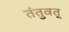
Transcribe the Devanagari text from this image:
तंतुवत्